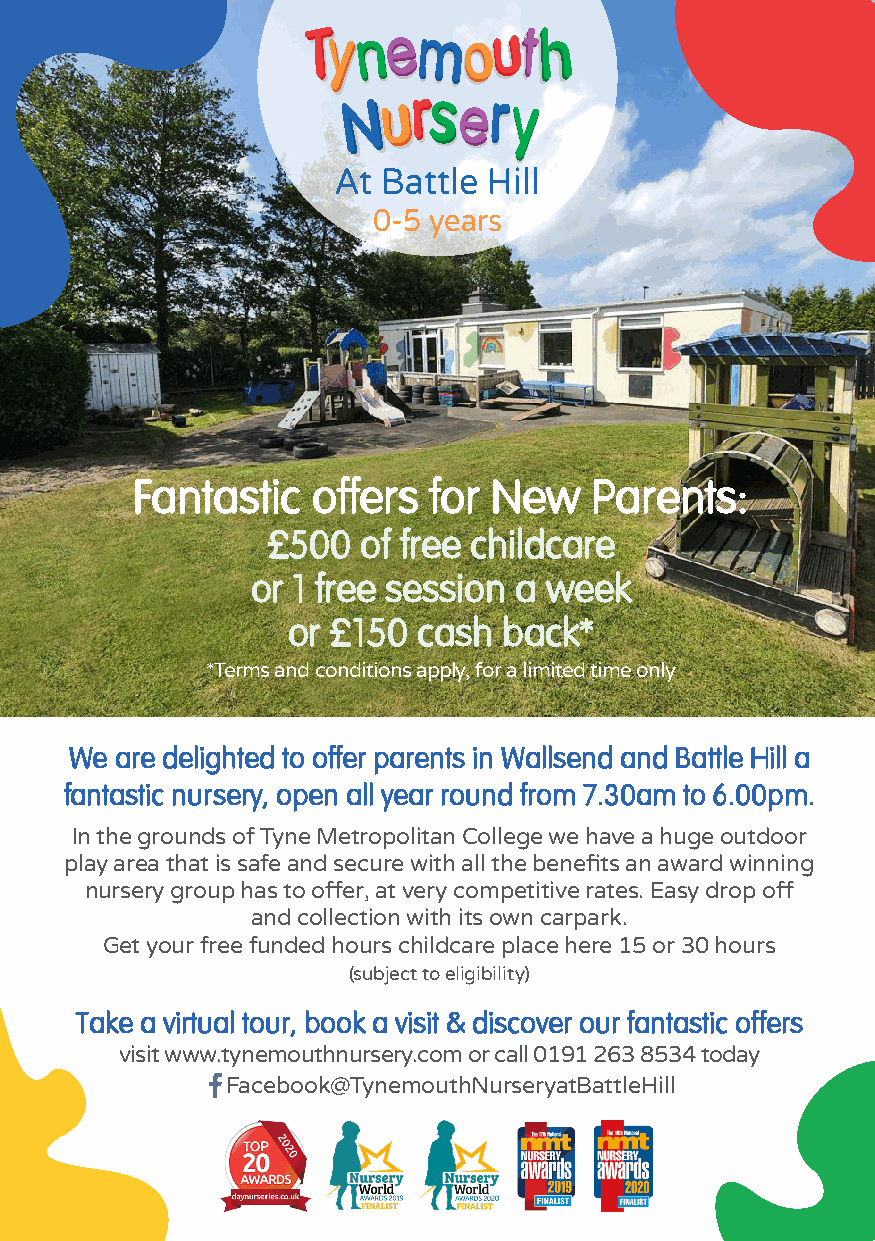
At Battle Hill
 0-5 years
 Fantastic   offers for  New   Parents:
 £500  of free childcare
 or 1 free session a week
 or £150  cash back*
 *Terms and conditions apply, for a limited time only
 We are delighted to offer parents in Wallsend and Battle Hill a
 fantastic nursery, open all year round from 7.30am to 6.00pm.
 In the grounds of Tyne Metropolitan College we have a huge outdoor
 play area that is safe and secure with all the benefits an award winning
 nursery group has to offer, at very competitive rates. Easy drop off
 and collection with its own carpark.
 Get your free funded hours childcare place here 15 or 30 hours
 (subject to eligibility)
 Take a virtual tour, book a visit & discover our fantastic offers
 visit www.tynemouthnursery.com or call 0191 263 8534 today
 Facebook@TynemouthNurseryatBattleHill